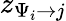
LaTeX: z_{\Psi_{i}\to j}